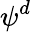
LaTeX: \psi^{d}